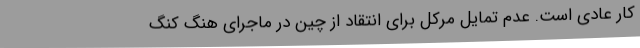
کار عادی است. عدم تمایل مرکل برای انتقاد از چین در ماجرای هنگ کنگ